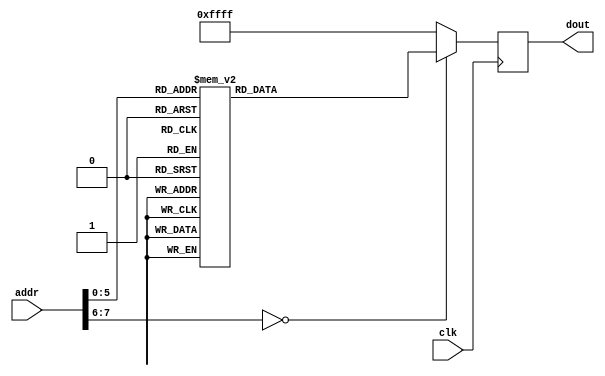

`timescale 1ns / 1ps

module OV7670_config_rom(
    input wire clk,
    input wire [7:0] addr,
    output reg [15:0] dout
    );
    //FFFF is end of rom, FFF0 is delay
/*    always @(posedge clk) begin
    case(addr) 
    0:  dout <= 16'h12_80; //reset
    1:  dout <= 16'hFF_F0; //delay
    2:  dout <= 16'h12_04;//16'h12_08;// COM7,     set RGB color output	
    //3: dout <= 16'h4F_B3; //MTX1       all of these are magical matrix coefficients
    //4: dout <= 16'h50_B3; //MTX2
    //5: dout <= 16'h51_00; //MTX3
    //6: dout <= 16'h52_3d; //MTX4
    //7: dout <= 16'h53_A7; //MTX5
    //8: dout <= 16'h54_E4; //MTX6
    //9: dout <= 16'h58_9E; //MTXS	
	//10: dout <= 16'h69_00; //GFIX       fix gain control
	//11: dout <= 16'hB0_84;
	3:  dout <= 16'hFF_FF;
    
    //4:  dout <= 16'h0C_00; // COM3,     default settings
    //5:  dout <= 16'h3E_00; // COM14,    no scaling, normal pclock
    //6:  dout <= 16'h04_00; // COM1,     disable CCIR656
    //7:  dout <= 16'h40_d0; //COM15,     RGB565, full output range
    //8:  dout <= 16'h3a_04; //TSLB       set correct output data sequence (magic)
    //9:  dout <= 16'h14_18; //COM9       MAX AGC value x4
    //10: dout <= 16'h4F_B3; //MTX1       all of these are magical matrix coefficients
    //11: dout <= 16'h50_B3; //MTX2
    //12: dout <= 16'h51_00; //MTX3
    //13: dout <= 16'h52_3d; //MTX4
    //14: dout <= 16'h53_A7; //MTX5
    //15: dout <= 16'h54_E4; //MTX6
    //16: dout <= 16'h58_9E; //MTXS
    //17: dout <= 16'h3D_C0; //COM13      sets gamma enable, does not preserve reserved bits, may be wrong?
    //18: dout <= 16'h17_14; //HSTART     start high 8 bits
    //19: dout <= 16'h18_02; //HSTOP      stop high 8 bits //these kill the odd colored line
    //20: dout <= 16'h32_80; //HREF       edge offset
    //21: dout <= 16'h19_03; //VSTART     start high 8 bits
    //22: dout <= 16'h1A_7B; //VSTOP      stop high 8 bits
    //23: dout <= 16'h03_0A; //VREF       vsync edge offset
    //24: dout <= 16'h0F_41; //COM6       reset timings
    //25: dout <= 16'h1E_00; //MVFP       disable mirror / flip //might have magic value of 03
    //26: dout <= 16'h33_0B; //CHLF       //magic value from the internet
    //27: dout <= 16'h3C_78; //COM12      no HREF when VSYNC low
    //28: dout <= 16'h69_00; //GFIX       fix gain control
    //29: dout <= 16'h74_00; //REG74      Digital gain control
    //30: dout <= 16'hB0_84; //RSVD       magic value from the internet *required* for good color
    //31: dout <= 16'hB1_0c; //ABLC1
    //32: dout <= 16'hB2_0e; //RSVD       more magic internet values
    //33: dout <= 16'hB3_80; //THL_ST
    default: dout <= 16'hFF_FF;         //mark end of ROM
    endcase*/
     always @(posedge clk) begin
    case(addr) 
    0:  dout <= 16'h12_80; //reset
    1:  dout <= 16'hFF_F0; //delay
    2:  dout <= 16'h12_04; // COM7,     set RGB color output
    3:  dout <= 16'h11_80; // CLKRC     internal PLL matches input clock
    4:  dout <= 16'h0C_00; // COM3,     default settings
    5:  dout <= 16'h3E_00; // COM14,    no scaling, normal pclock
    6:  dout <= 16'h04_00; // COM1,     disable CCIR656
    7:  dout <= 16'h40_C0; //COM15,     RGB565, full output range
    8:  dout <= 16'h3a_04; //TSLB       set correct output data sequence (magic)
    9:  dout <= 16'h14_18; //COM9       MAX AGC value x4
    10: dout <= 16'h4F_B3; //MTX1       all of these are magical matrix coefficients
    11: dout <= 16'h50_B3; //MTX2
    12: dout <= 16'h51_00; //MTX3
    13: dout <= 16'h52_3d; //MTX4
    14: dout <= 16'h53_A7; //MTX5
    15: dout <= 16'h54_E4; //MTX6
    16: dout <= 16'h58_9E; //MTXS
    17: dout <= 16'h3D_C0; //COM13      sets gamma enable, does not preserve reserved bits, may be wrong?
    18: dout <= 16'h17_14; //HSTART     start high 8 bits
    19: dout <= 16'h18_02; //HSTOP      stop high 8 bits //these kill the odd colored line
    //20: dout <= 16'h32_80; //HREF       edge offset
	20: dout <= 16'h8C_02;
    21: dout <= 16'h19_03; //VSTART     start high 8 bits
    22: dout <= 16'h1A_7B; //VSTOP      stop high 8 bits
    23: dout <= 16'h03_0A; //VREF       vsync edge offset
    24: dout <= 16'h0F_41; //COM6       reset timings
    25: dout <= 16'h1E_00; //MVFP       disable mirror / flip //might have magic value of 03
    26: dout <= 16'h33_0B; //CHLF       //magic value from the internet
    27: dout <= 16'h3C_78; //COM12      no HREF when VSYNC low
    28: dout <= 16'h69_00; //GFIX       fix gain control
    29: dout <= 16'h74_00; //REG74      Digital gain control
    30: dout <= 16'hB0_84; //RSVD       magic value from the internet *required* for good color
    31: dout <= 16'hB1_0c; //ABLC1
    32: dout <= 16'hB2_0e; //RSVD       more magic internet values
    33: dout <= 16'hB3_80; //THL_ST
    default: dout <= 16'hFF_FF;         //mark end of ROM
    endcase   
    end
endmodule